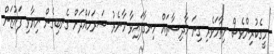
މީގެކުރިންވެސް ހިތާމަވެރި ގިނަ ހާދިސާތައް ހިނގާފައިވާ މާނެރު ސަރަހައްދަށް ގެނބިގެން ނިޔާވި ފައުޒަން